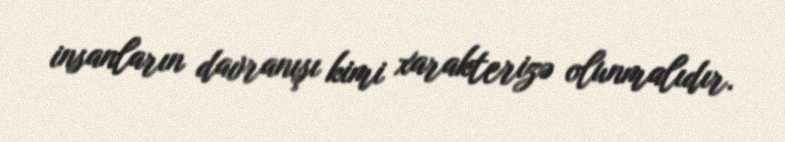
insanların davranışı kimi xarakterizə olunmalıdır.